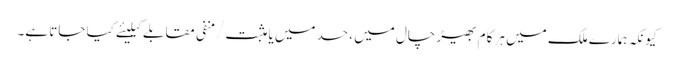
کیونکہ ہمارے ملک میں ہر کام بھیڑ چال میں ، حسد میں یا مثبت/منفی مقابلے کیلیئے کیا جاتا ہے۔